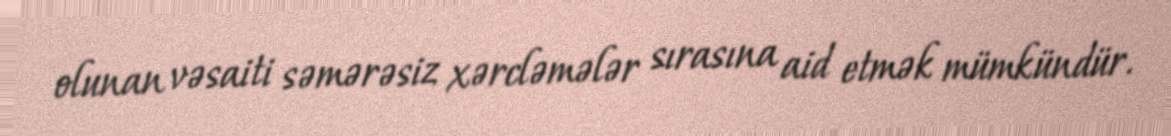
olunan vəsaiti səmərəsiz xərcləmələr sırasına aid etmək mümkündür.